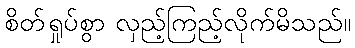
စိတ်ရှုပ်စွာ လှည့်ကြည့်လိုက်မိသည်။